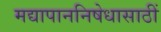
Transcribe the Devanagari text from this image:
मद्यापाननिषेधासाठीं